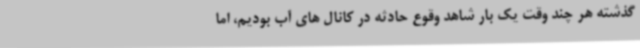
گذشته هر چند وقت یک بار شاهد وقوع حادثه در کانال های آب بودیم، اما